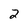
Character: 2